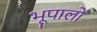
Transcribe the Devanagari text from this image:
भूपालों